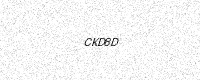
Text: CKD8D